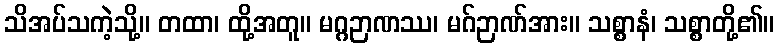
သိအပ်သကဲ့သို့။ တထာ၊ ထို့အတူ။ မဂ္ဂဉာဏဿ၊ မဂ်ဉာဏ်အား။ သစ္စာနံ၊ သစ္စာတို့၏။